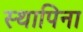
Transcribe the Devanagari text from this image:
स्थापिना